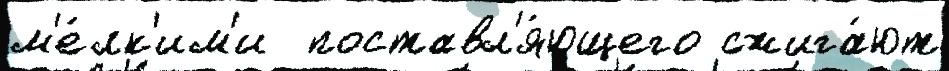
м'е́лк'им'и  поставл'я́ющего сжига́ют